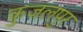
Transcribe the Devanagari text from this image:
कुजलपुर